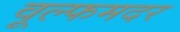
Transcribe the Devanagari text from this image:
वूल्‍फमदर